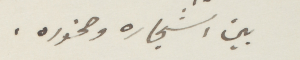
بين اشجاره وصخوره.